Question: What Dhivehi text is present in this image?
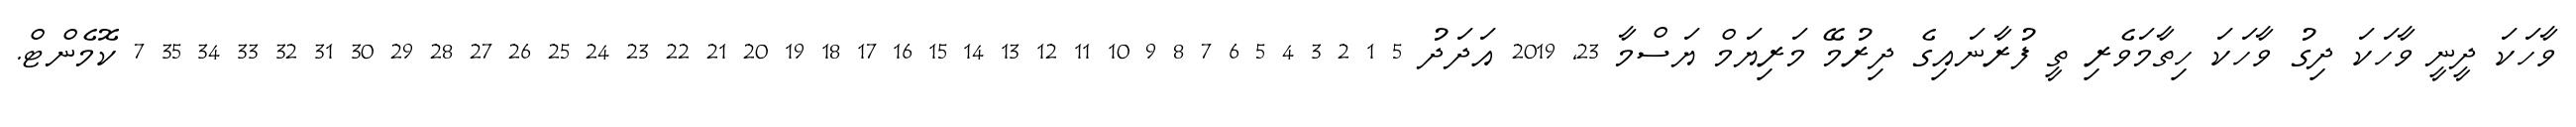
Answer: ވާހަކަ ދީނީ ވާހަކަ ދިގު ވާހަކަ ހިތާމަވެރި ތީ ފުރާނައިގެ ދިރުމޭ މަރިޔަމް ޔަސްމާ 23, 2019 އަދަދު 5 1 2 3 4 5 6 7 8 9 10 11 12 13 14 15 16 17 18 19 20 21 22 23 24 25 26 27 28 29 30 31 32 33 34 35 7 ކޮމެންޓް.